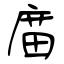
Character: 庿